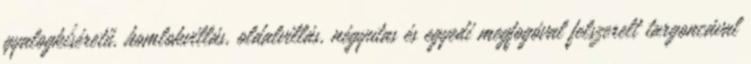
gyalogkíséretű, homlokvillás, oldalvillás, négyutas és egyedi megfogóval felszerelt targoncával